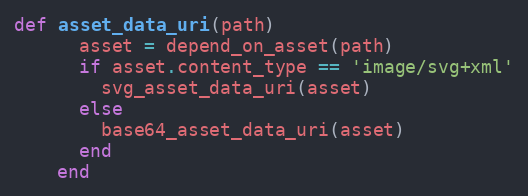
Language: Ruby
def asset_data_uri(path)
      asset = depend_on_asset(path)
      if asset.content_type == 'image/svg+xml'
        svg_asset_data_uri(asset)
      else
        base64_asset_data_uri(asset)
      end
    end